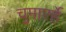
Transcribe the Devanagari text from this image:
चुमाएर्हे